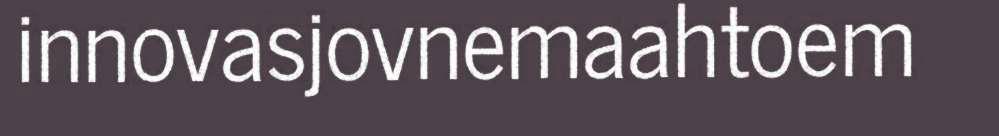
innovasjovnemaahtoem